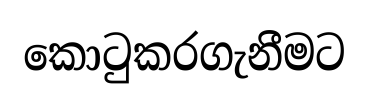
කොටුකරගැනීමට